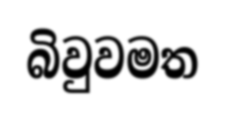
බිවුවමත